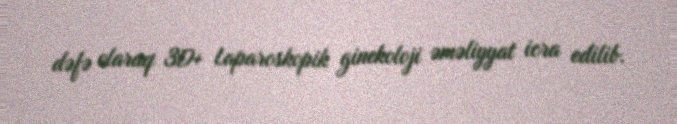
dəfə olaraq 3D+ Laparoskopik ginekoloji əməliyyat icra edilib.